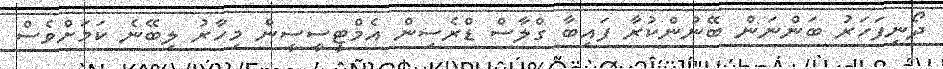
ދޯނިފަހަރު ބަންނަން ބޭނުންކުރާ ފައިބާ ގްލާސް ޑްރެސިން އެމްޓީސީސީން މިހާރު ލިބޭނެ ކަަމަށްވެސް